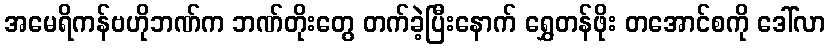
အမေရိကန်ဗဟိုဘဏ်က ဘဏ်တိုးတွေ တက်ခဲ့ပြီးနောက် ရွှေတန်ဖိုး တအောင်စကို ဒေါ်လာ